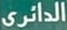
الدائري